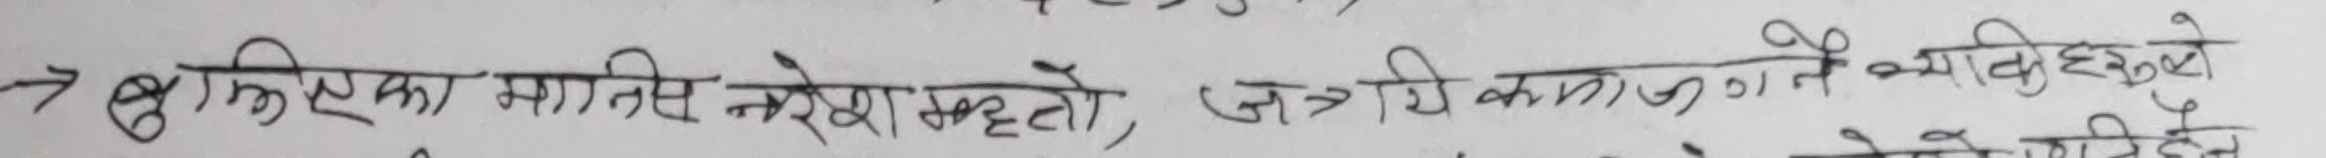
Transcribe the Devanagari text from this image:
→ बुद्धि एका मानिस नरहेका भएतो, सत्रिय काम लागने भएकुले